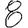
Digit: 8